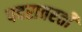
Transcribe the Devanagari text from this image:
पदरावरती